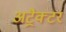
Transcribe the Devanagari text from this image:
अट्रैक्टर